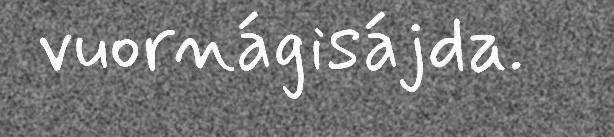
vuornágisájda.